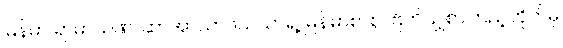
မြန်မာ ရာမာယဏ၊ ဆာအာသာဖယ်ယာရဲ့ မြန်မာစာစု၊ ဗြိတိသျှစာကြည့်တိုက်မှ